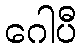
ဂေါပီ